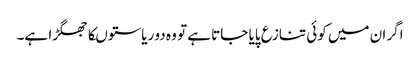
اگر ان میں کوئی تنازع پایا جاتا ہے تو وہ دو ریاستوںکا جھگڑا ہے۔